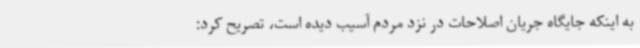
به اینکه جایگاه جریان اصلاحات در نزد مردم آسیب دیده است، تصریح کرد: